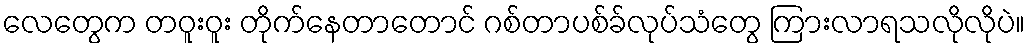
လေတွေက တဝူးဝူး တိုက်နေတာတောင် ဂစ်တာပစ်ခ်လုပ်သံတွေ ကြားလာရသလိုလိုပဲ။